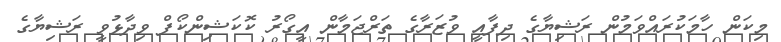
މިކަން ހާމަކުރައްވަމުން ރަޝިޔާގެ ދިފާއީ ވުޒަރާގެ ތަރްޖަމާން އީގޯރު ކޮކަޝިންކޯފް ވިދާޅުވީ ރަޝިޔާގެ